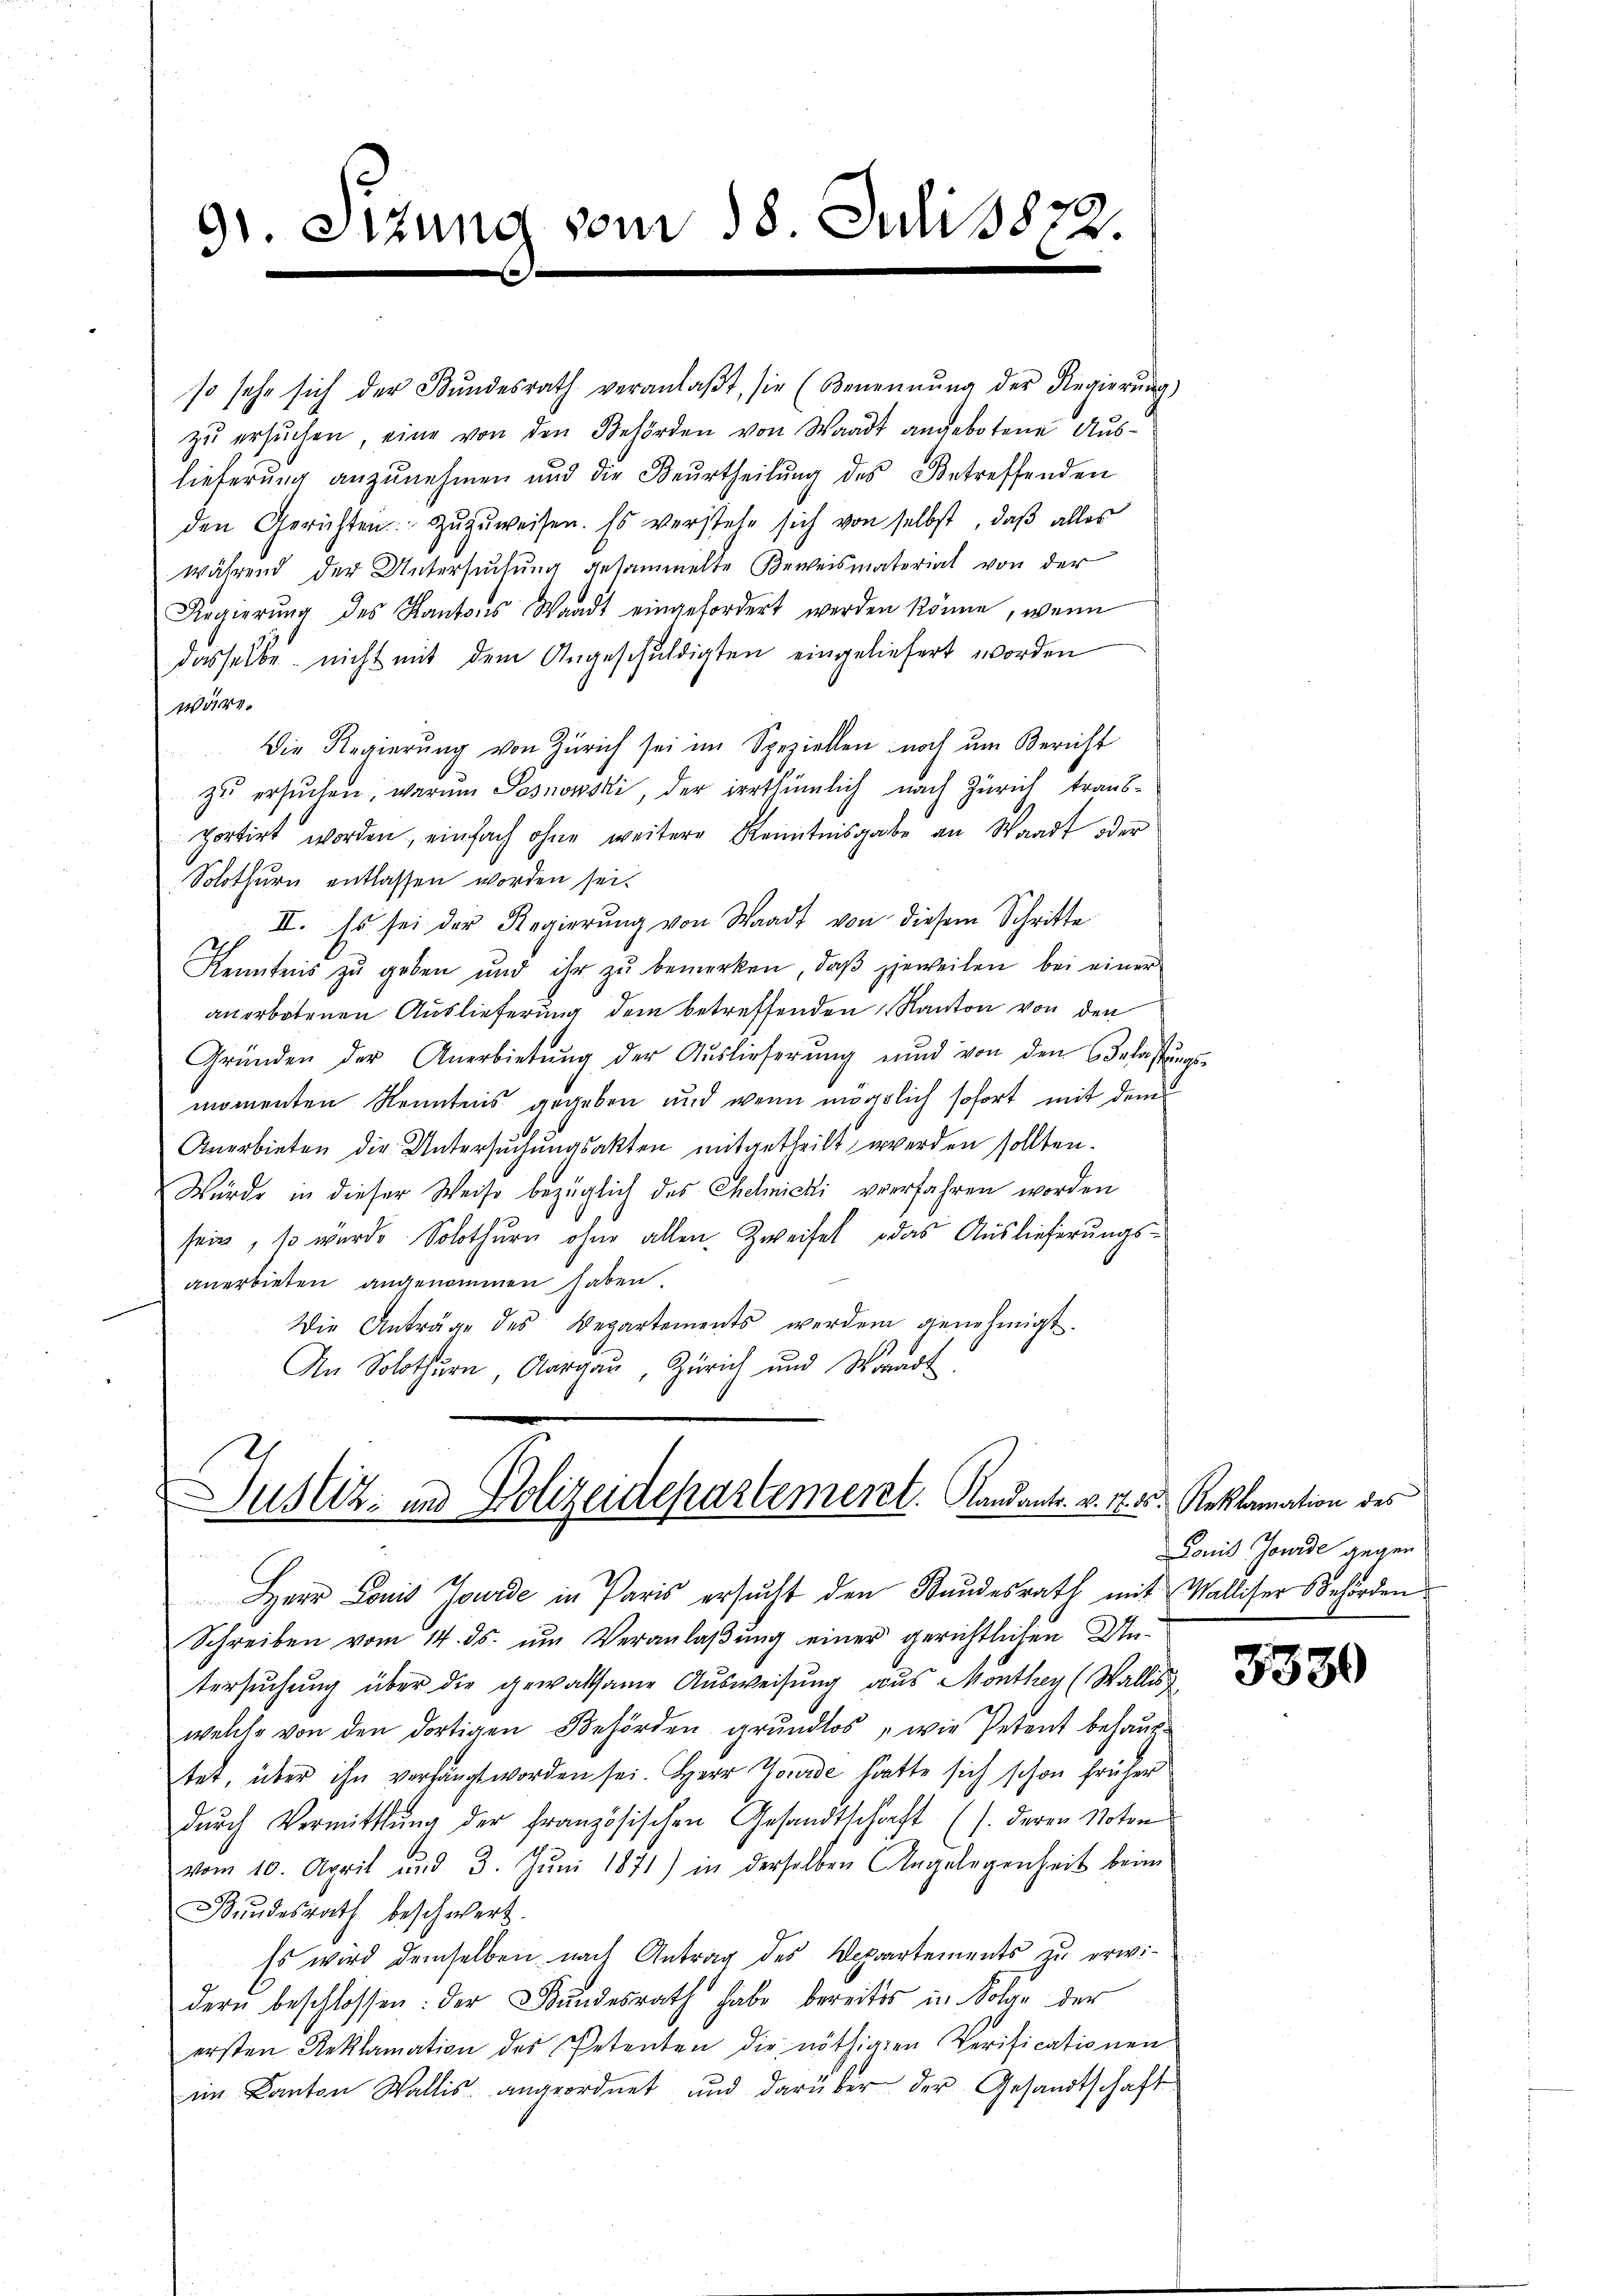
91. Sizung

den Gerichten. Zŭzŭweisen. Es verstehe sich von selbst, daβ alles
während der Untersŭchŭng gesammelte Beweismaterial von der
Regierŭng des Kantons Waadt eingefordert werden könne, wenn
dasselbe nicht mit dem Angeschuldigten eingeliefert worden
wäre.
Die Regierung von Zürich sei im Speziellen noch um Bericht
zu ersuchen, warum Posnowski, der irrthümlich nach Zürich trausportirt worden, einfach ohne weitere Kenntnisgabe an Waadt oder
Solothurn entlassen worden sei.
II. Es sei der Regierung von Waadt von diesem Schritte
Kenntnis zŭ geben und ihr zŭ bemerken, daβ jeweilen bei einer
anerbotenen Auslieferung dem betreffenden Kanton von den
Gründen der Anerbietŭng der Aŭslieferŭng und von den Belastŭngs-
momenten Kenntnis gegeben und wenn miglich sofort mit dem
Anerbieten die Untersuchungsakten mitgetheilt werden sollten.
Würde in dieser Weise bezüglich des Chemicki verfahren worden
sein, so wurde Solothurn ohne allen Zweifel, das Auslieferungsanerbieten angenommen haben.
Die Anträge des Departements werden genehmigt.
An Solothurn, Aargau, Zürich und Waadt

vom 18. Juli 1872

so sehe sich der Bŭndesrath veranlaβt sie (Benennung der Regierŭng
zŭ ersŭchen, eine von den Behörden von Waadt angebotene Auslieferung anzŭnehmen und die Beurtheilŭng des Betreffenden

Justiz- und Polizeidepartement. Mandants. v. 17. 55

Herr Louis Jourde in Paris ersucht den Bundesrath mit Walliser Behörden
Schreiben vom 14. ds. um Veranlaßung einer gerichtlichen Untersuchung über die gewaltsame Ausweisung aus Monthey (Wallis
welche von den dortigen Behörden grŭndlos "wie Petent behaup
tet, über ihn verhängt worden sei. Herr Jourde hatte sich schon früher
dŭrch Vermittlung der französischen Gesandtschaft (s. deren Noten
vom 10. April und 3. Jŭni 1871) in derselben Angelegenheit beim
Bŭndesrath beschwert.
Es wird demselben nach Antrag des Repartements zu erwidern beschlossen: der Bundesrath habe bereits in Folge der
ersten Reklamation des Petenten die nöthigen Verificationen
im Kanton Wallis angeordnet und darüber der Gesandtschaft

Reklamation des
Lonis Jonade gegen

3330